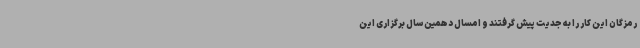
رمزگان این کار را به جدیت پیش گرفتند و امسال دهمین سال برگزاری این